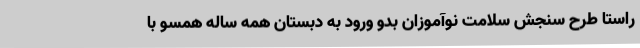
راستا طرح سنجش سلامت نوآموزان بدو ورود به دبستان همه ساله همسو با